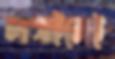
লাগাইলেই